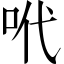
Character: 𠰺